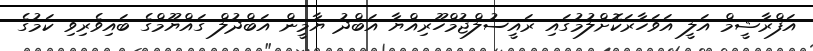
އަފްރާޝީމް އަލީ އަވަހާރަކޮށްލުމުގައި ރައީސުލްޖުމްހޫރިއްޔާ އަބްދު ޔާމީން އަބްދުލް ގައްޔޫމްގެ ބައިވެރިވި ކަމުގެ